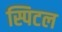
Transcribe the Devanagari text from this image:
स्पिटल